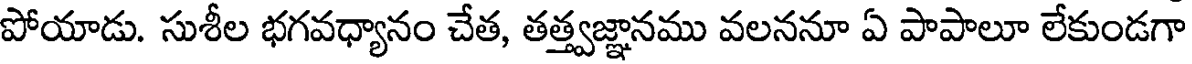
పోయాడు. సుశీల భగవధ్యానం చేత, తత్త్వజ్ఞానము వలననూ ఏ పాపాలూ లేకుండగా